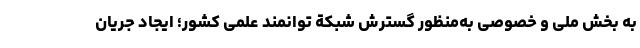
به بخش ملی و خصوصی به‌منظور گسترش شبکة توانمند علمی کشور؛ ایجاد جریان